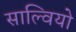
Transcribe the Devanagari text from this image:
साल्वियो